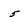
Character: 5